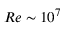
R e \sim 1 0 ^ { 7 }